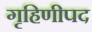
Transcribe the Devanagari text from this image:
गृहिणीपद